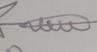
Signature authenticity: genuine